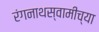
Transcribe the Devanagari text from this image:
रंगनाथस्वामीच्या